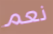
نعم